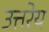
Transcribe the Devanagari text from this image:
उत्तरेय